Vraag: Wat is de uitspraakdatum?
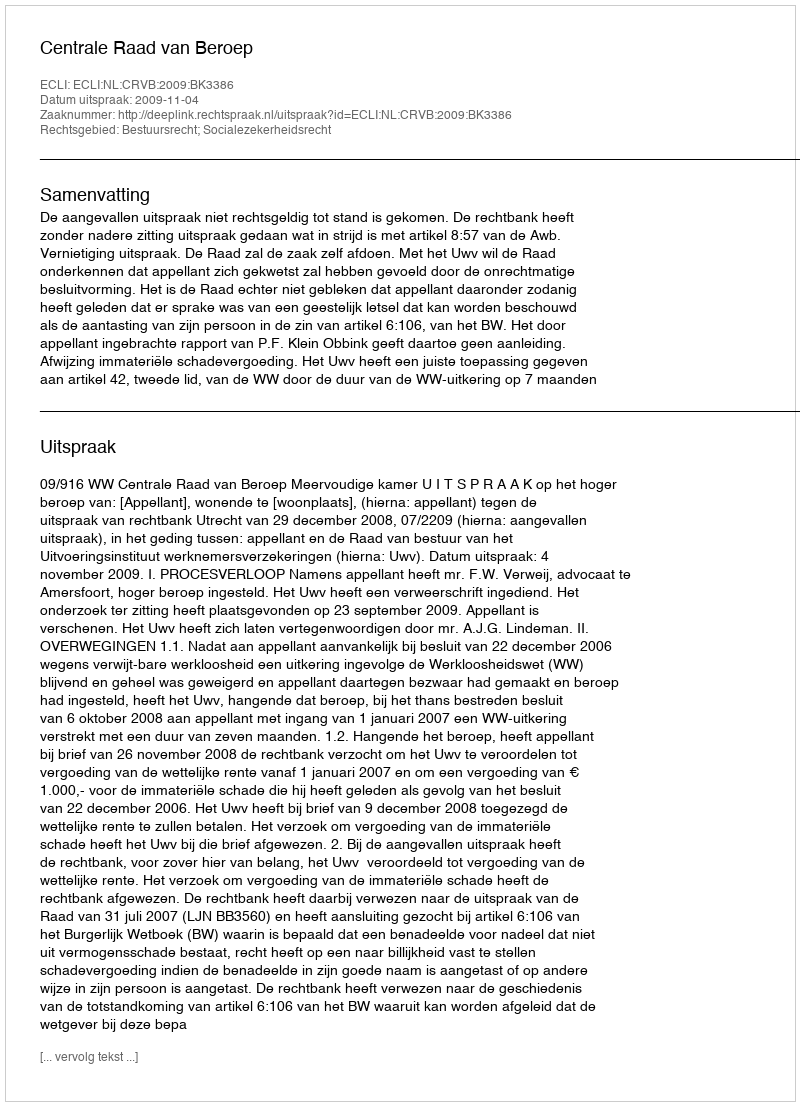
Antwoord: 2009-11-04